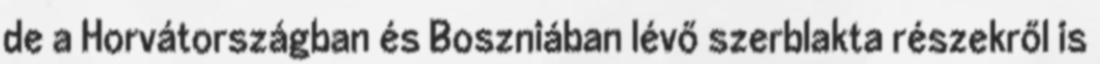
de a Horvátországban és Boszniában lévő szerblakta részekről is